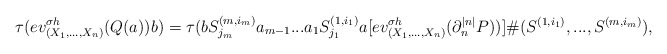
\begin{align*}\tau(ev_{(X_1,...,X_n)}^{\sigma h}(Q(a))b)=\tau(bS^{(m,i_m)}_{j_m}a_{m-1}...a_1S^{(1,i_1)}_{j_1}a[ev_{(X_1,...,X_n)}^{\sigma h}(\partial_n^{|n|}P))]\#(S^{(1,i_1)},...,S^{(m,i_m)}),\end{align*}